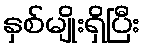
နှစ်မျိုးရှိပြီး